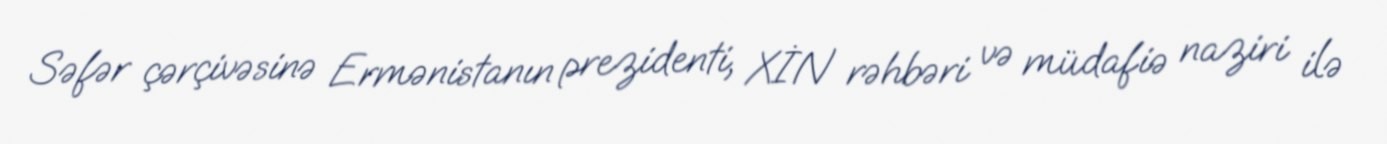
Səfər çərçivəsinə Ermənistanın prezidenti, XİN rəhbəri və müdafiə naziri ilə